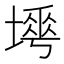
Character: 𡐟